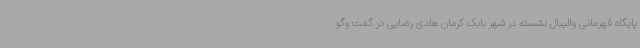
پایگاه قهرمانی والیبال نشسته در شهر بابک کرمان هادی رضایی در گفت وگو